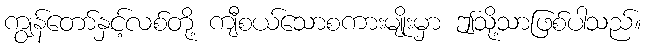
ကျွန်တော်နှင့်လစ်တို့ ကျီစယ်သောစကားမျိုးမှာ ဤသို့သာဖြစ်ပါသည်။